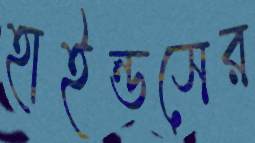
হাইন্ডসের